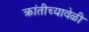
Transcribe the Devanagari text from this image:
क्रांतीच्यावेळी